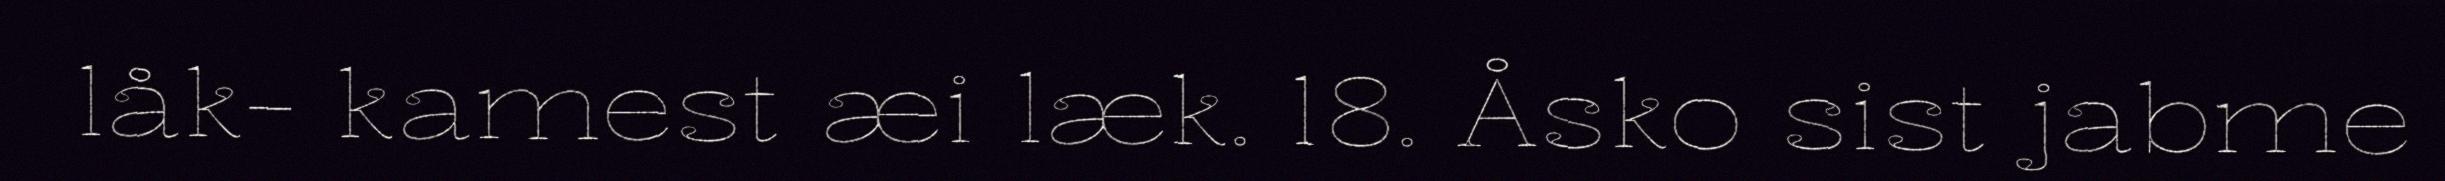
låk- kamest æi læk. 18. Åsko sist jabme